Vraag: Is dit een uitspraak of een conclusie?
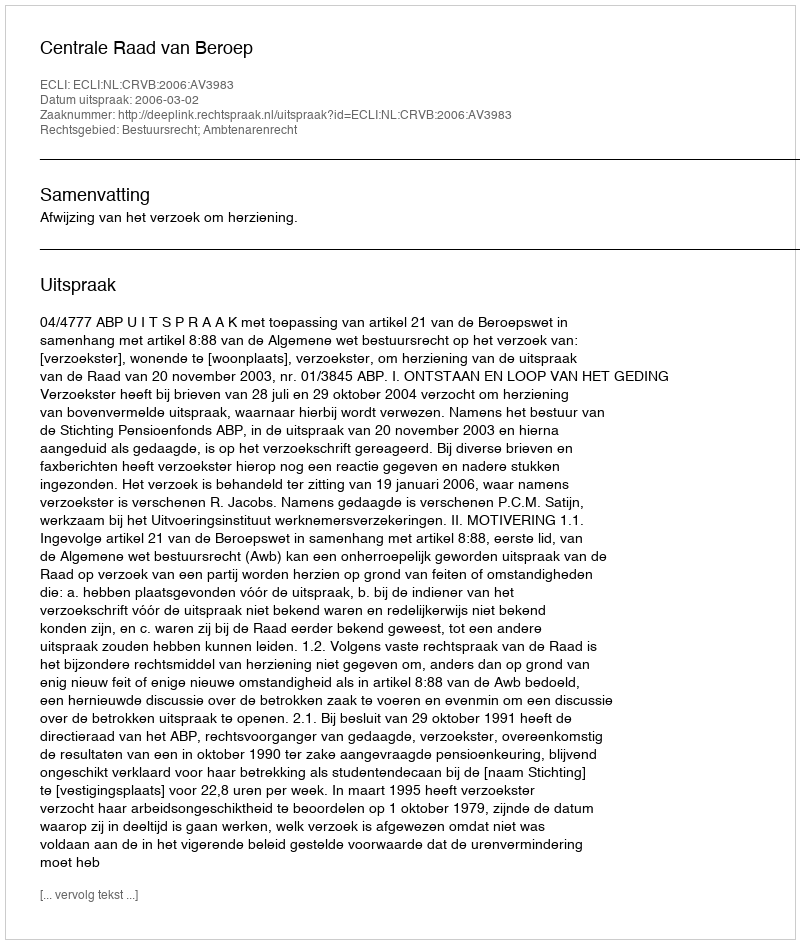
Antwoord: Uitspraak